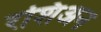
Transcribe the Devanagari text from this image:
रशिअन